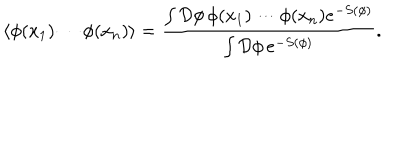
\langle \phi ( x _ { 1 } ) \cdots \phi ( x _ { n } ) \rangle = \frac { \int \mathcal { D } \phi \, \phi ( x _ { 1 } ) \cdots \phi ( x _ { n } ) e ^ { - S ( \phi ) } } { \int \mathcal { D } \phi \, e ^ { - S ( \phi ) } } .